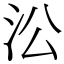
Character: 㳂